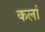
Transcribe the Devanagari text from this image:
कलां